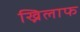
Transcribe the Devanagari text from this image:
ख्निलाफ